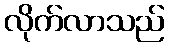
လိုက်လာသည်